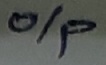
Text: o/p